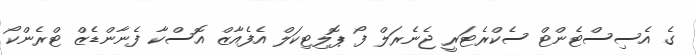
ގެ އެސިސްޓެންޓް ސެކްރެޓަރީ ޖެނެރަލް ފޯ ޕޮލިޓިކަލް އެފެއާޒް އޮސްކާ ފެނާންޑެޒް ޓްރެންކޯ